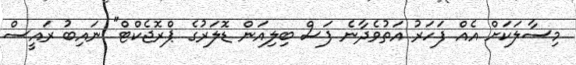
މިސާލަކަށް އެއް ފަހަރު އަތުވެދާނެ ފަސް ބިލިއަން ޑޮލަރުގެ ޕްރޮޖެކްޓް" ނައިބު ރައީސް